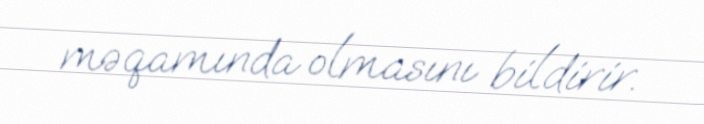
məqamında olmasını bildirir.